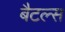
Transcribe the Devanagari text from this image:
बैटल्स